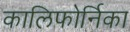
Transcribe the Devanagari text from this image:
कालिफोर्निका